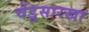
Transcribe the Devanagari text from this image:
चेंडूसारखा